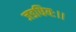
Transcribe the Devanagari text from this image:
जडधियः।।